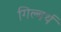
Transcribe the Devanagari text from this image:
गिल्बर्थ